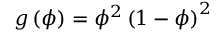
g \left( \phi \right) = \phi ^ { 2 } \left( 1 - \phi \right) ^ { 2 }